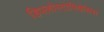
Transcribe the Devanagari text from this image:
डिपलोस्टोमियेसिस